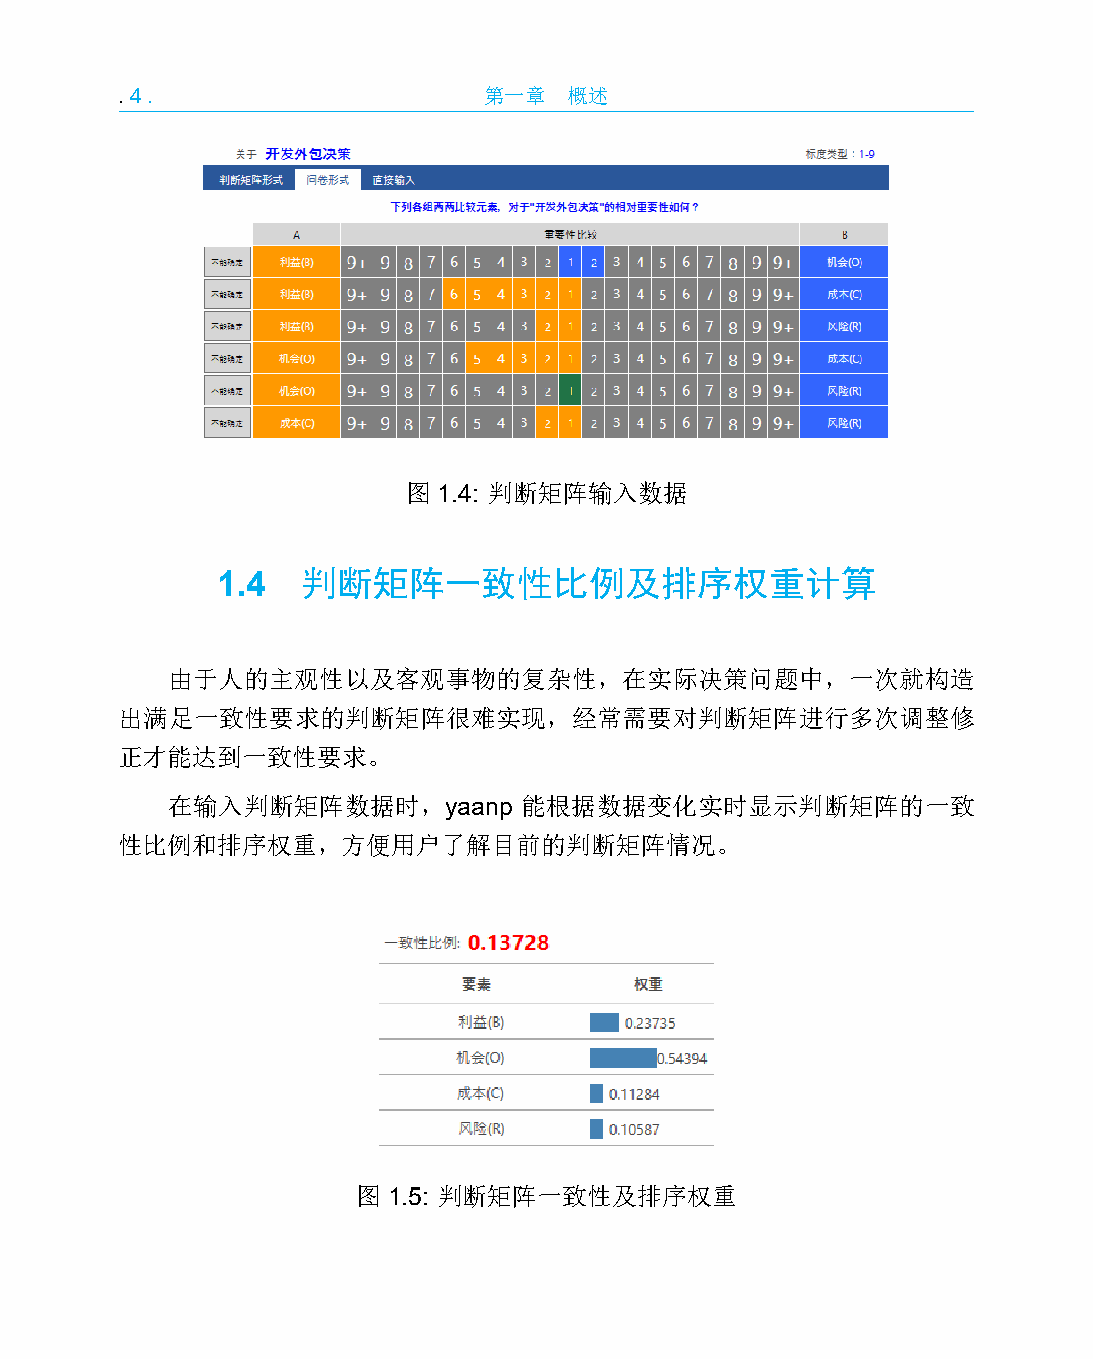
.4.                     第一章   概述
 图 1.4: 判断矩阵输入数据
 1.4   判断矩阵一致性比例及排序权重计算
 由于人的主观性以及客观事物的复杂性，在实际决策问题中，一次就构造
 出满足一致性要求的判断矩阵很难实现，经常需要对判断矩阵进行多次调整修
 正才能达到一致性要求。
 在输入判断矩阵数据时，yaanp       能根据数据变化实时显示判断矩阵的一致
 性比例和排序权重，方便用户了解目前的判断矩阵情况。
 图 1.5: 判断矩阵一致性及排序权重